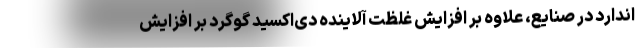
اندارد در صنایع، علاوه بر افزایش غلظت آلاینده دی‌اکسید گوگرد بر افزایش